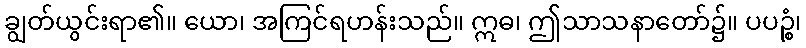
ချွတ်ယွင်းရာ၏။ ယော၊ အကြင်ရဟန်းသည်။ ဣဓ၊ ဤသာသနာတော်၌။ ပပဉ္စံ၊